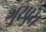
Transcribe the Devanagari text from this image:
गुरपुरा